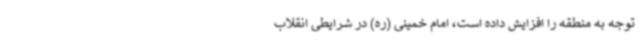
توجه به منطقه را افزایش داده است، امام خمینی (ره) در شرایطی انقلاب